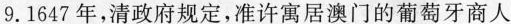
9.1647年，清政府规定，准许寓居澳门的葡萄牙商人